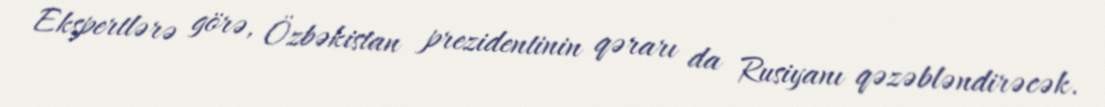
Ekspertlərə görə, Özbəkistan prezidentinin qərarı da Rusiyanı qəzəbləndirəcək.